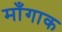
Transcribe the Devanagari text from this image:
माँगाक